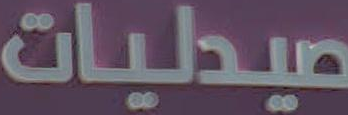
صيدليات